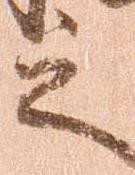
之